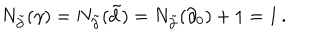
N _ { \tilde { \partial } } ( \gamma ) = N _ { \tilde { \partial } } ( \tilde { d } ) = N _ { \tilde { \partial } } ( \partial _ { 0 } ) + 1 = 1 \, .